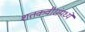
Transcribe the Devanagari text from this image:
शतकवीरांमध्ये